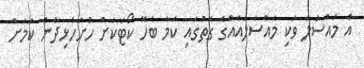
އެ މައްސަލަ ވަކި މައްސަލައެއްގެ ގޮތުގައި ކަމާ ބެހޭ ކޯޓަކަށް ހުށަހެޅިދާނެ ކަމަށް